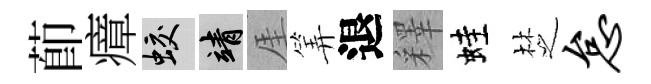
莭瘴蛟靖厓筭退釋蛙椘怠